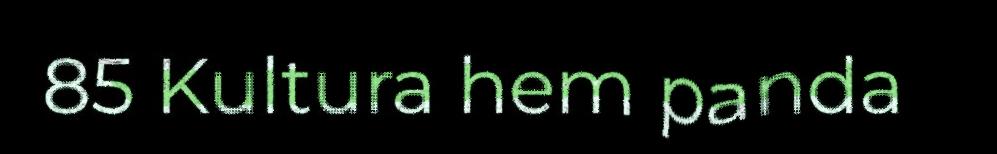
85 Kultura hem panda